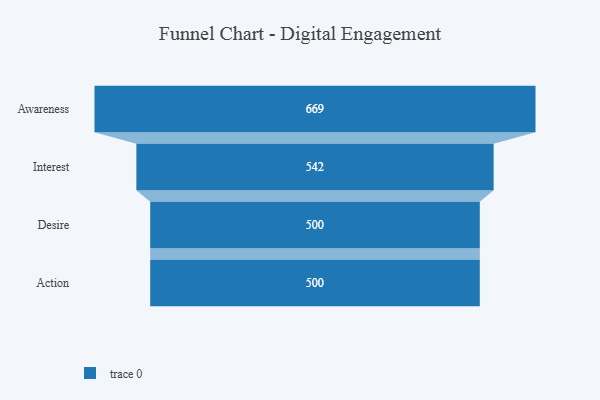
{"axis": {"x": "Stage", "y": "Value"}, "legend": [""], "data": [{"x": "Awareness", "y": 669.0, "type": ""}, {"x": "Interest", "y": 542.0, "type": ""}, {"x": "Desire", "y": 500, "type": ""}, {"x": "Action", "y": 500, "type": ""}]}